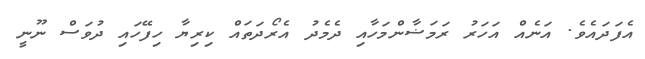
އެފަދައެވެ. އަނެއް އަހަރު ރަމަޟާންމަހާއި ދެމެދު އެރޯދަތައް ކިރިޔާ ހިފޭހައި ދުވަސް ނޫނީ